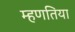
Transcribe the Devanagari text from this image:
म्हणतिया